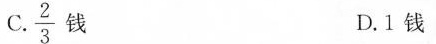
C. \frac{2}{3} 钱 D.1钱